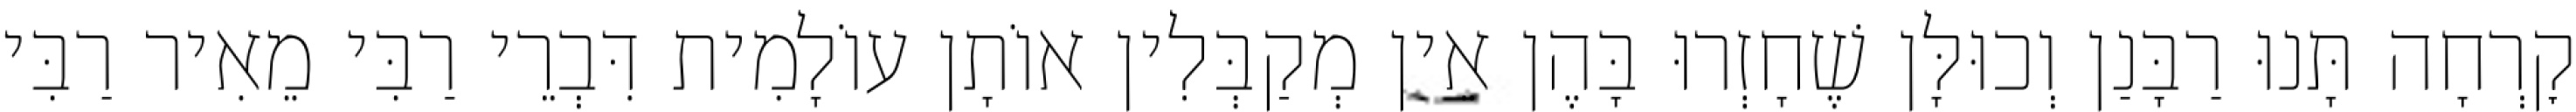
קׇרְחָה תָּנוּ רַבָּנַן וְכוּלָּן שֶׁחָזְרוּ בָּהֶן אֵין מְקַבְּלִין אוֹתָן עוֹלָמִית דִּבְרֵי רַבִּי מֵאִיר רַבִּי